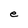
Character: e